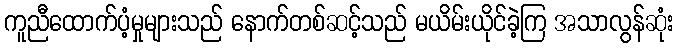
ကူညီထောက်ပံ့မှုများသည် နောက်တစ်ဆင့်သည် မယိမ်းယိုင်ခဲ့ကြ အသာလွန်ဆုံး